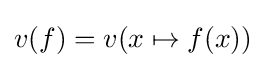
v(f)=v(x\mapsto f(x))